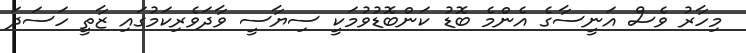
މިހާރު ވެސް އަނީސާގެ އެންމެ ބޮޑު ކަންބޮޑުވުމަކީ ސިޔާސީ ވާދަވެރިކަމުގައި ޒާތީ ހަސަދަ